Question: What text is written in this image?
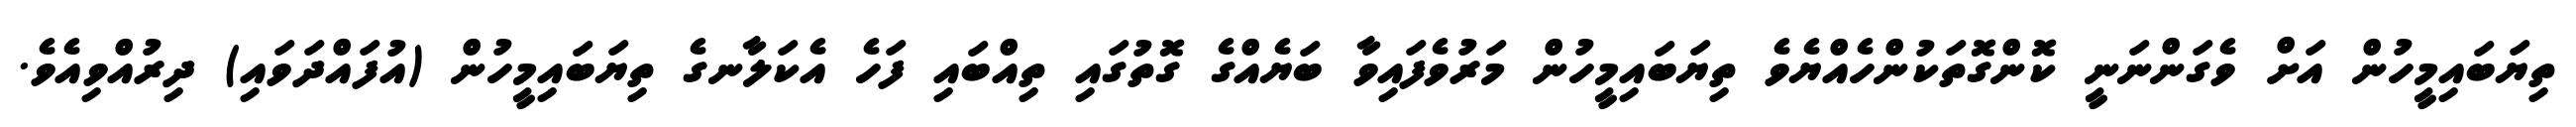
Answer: ތިޔަބައިމީހުން އަށް ވެގަންނަނީ ކޮންގޮތަކުންހެއްޔެވެ ތިޔަބައިމީހުން މަރުވެފައިވާ ބަޔެއްގެ ގޮތުގައި ތިއްބައި ފަހެ އެކަލާނގެ ތިޔަބައިމީހުން (އުފައްދަވައި) ދިރުއްވިއެވެ.